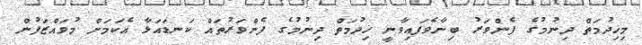
މިޚިދުމަތް ދިނުމުގެ ފެންވަރު ބިނާވެފައިވާނީ ޚިދުމަތް ދިނުމުގެ ފެންވަރުތައް ކަނޑައަޅާ އެކަމަށް މުވައްޒަފުން